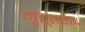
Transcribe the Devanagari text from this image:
मृदूतक४